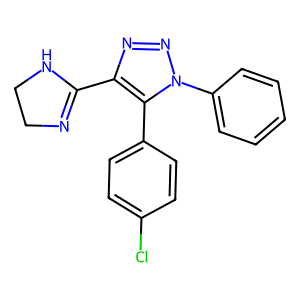
SMILES: Clc1ccc(-c2c(C3=NCCN3)nnn2-c2ccccc2)cc1
Inhibits HIV replication: No